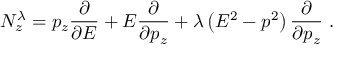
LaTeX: N _ { z } ^ { \lambda } = p _ { z } { \frac { \partial } { \partial E } } + E { \frac { \partial } { \partial p _ { z } } } + \lambda \left( E ^ { 2 } - p ^ { 2 } \right) { \frac { \partial } { \partial p _ { z } } } ~ .